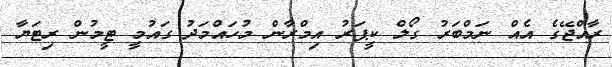
ރާއްޖޭގެ އެއް ނަމްބަރު ގޯލް ކީޕަރު އިމްރާން މުހައްމަދު ގައުމީ ޓީމުން ރިޓަޔާ